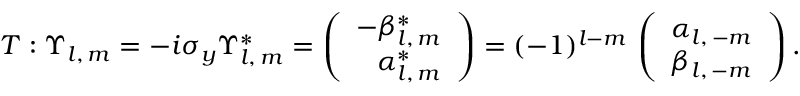
T : \Upsilon _ { l , \, m } = - i \sigma _ { y } \Upsilon _ { l , \, m } ^ { * } = \left( \begin{array} { r } { { - \beta _ { l , \, m } ^ { * } } } \\ { { \alpha _ { l , \, m } ^ { * } } } \end{array} \right) = ( - 1 ) ^ { l - m } \, \left( \begin{array} { c } { { \alpha _ { l , \, - m } } } \\ { { \beta _ { l , \, - m } } } \end{array} \right) .